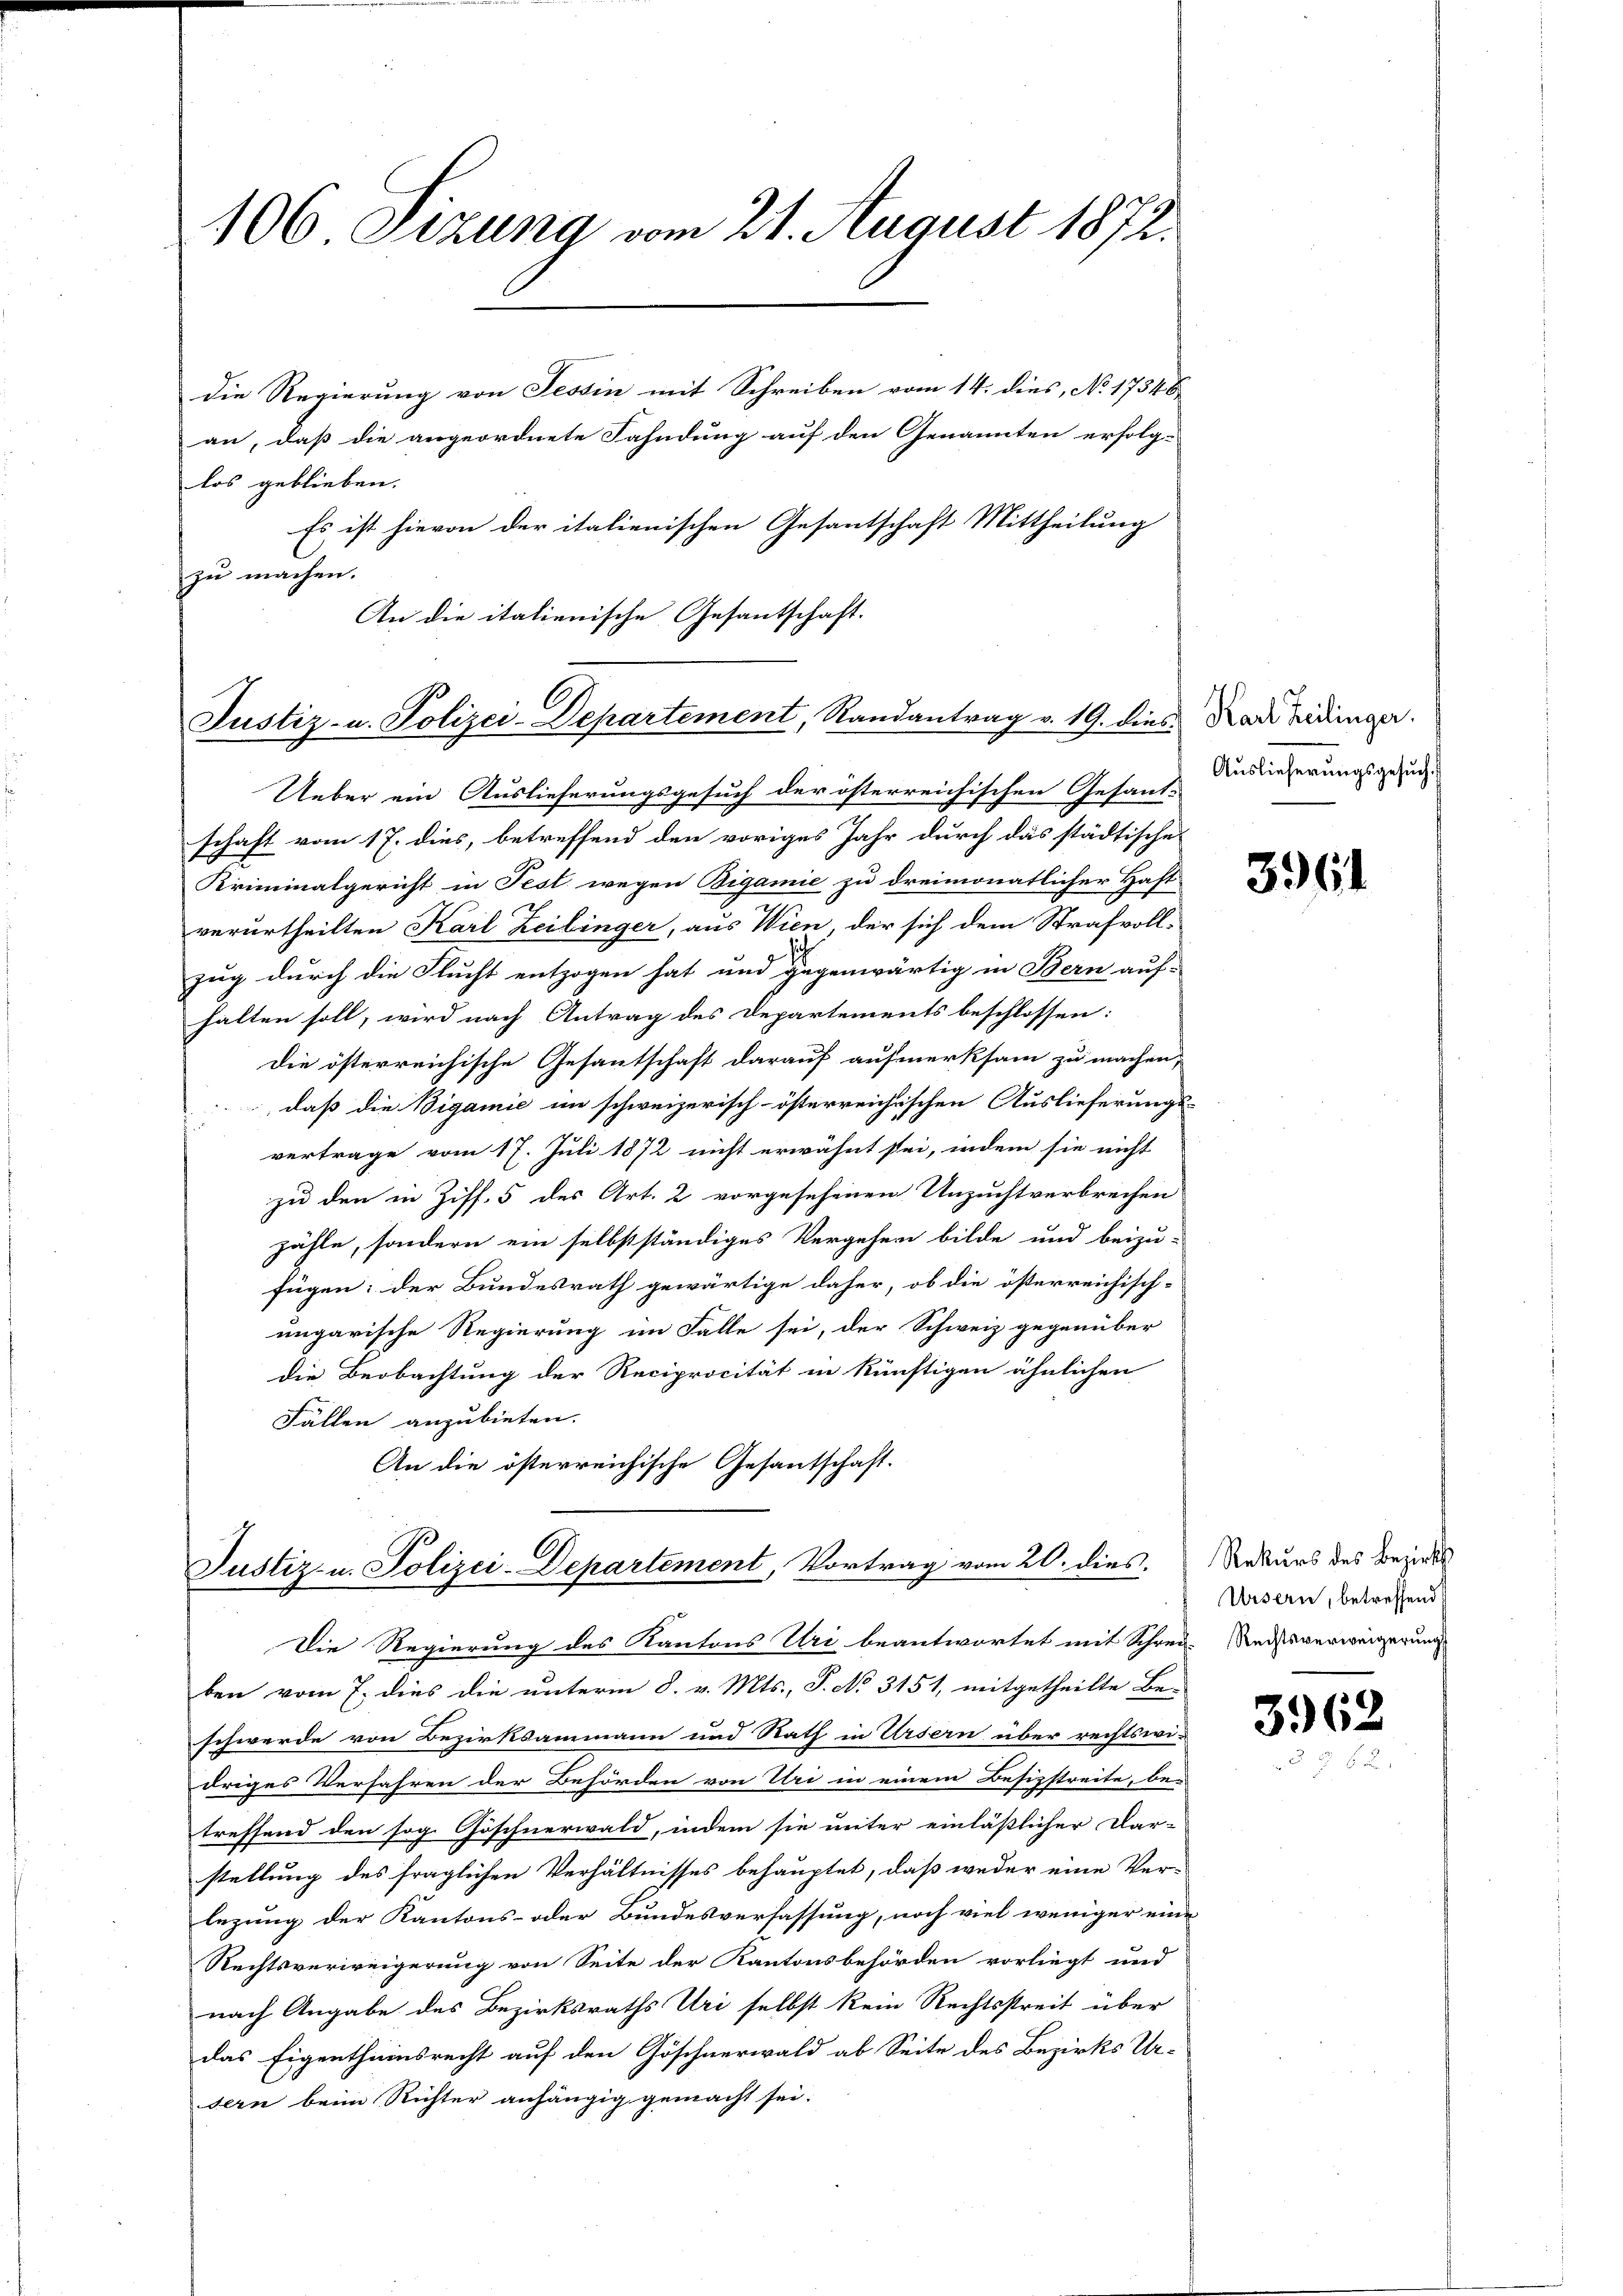
106 Sizung vom 21. August 1872.

die Regierung von Tessin mit Schreiben vom 14. dies, No 17346
an, daß die angeordnete Fahndung auf den Genannten erfolg-
los geblieben.
Es ist hievon der italienischen Gesantschaft Mittheilung
zu machen.
An die italienische Gesantschaft.

Justiz- u. Polizei-Departement, Randantrag v. 19. dies

Justiz- u. Polizei-Departement, Vortrag vom 20. dies
Die Regierung des Kantons Uri beantwortet mit Schreie Rechtsverweigerungs

Ueber ein Auslieferungsgesuch der österreichischen Gesand-
schaft vom 17. dies, betreffend den voriges Jahr durch das städtische
Kriminalgericht in Fest wegen Bigamie zu dreimonatlicher Haft
verurtheilten Karl Zeilinger, aus Wien, der sich dem Strafvoll-
zug durch die Flucht entzogen hat und gegenwärtig in Bern auf-
halten soll, wird nach Antrag des Departements beschlossen:
Die österreichische Gesantschaft darauf aufmerksam zu machen,
daß die Bigamie im schweizerisch-österreichischen Auslieferungs-
vertrage vom 17. Juli 1872 nicht erwähnt sei, indem sie nicht
zu den in Ziff. 5 des Art. 2 vorgesehenen Unzuchtverbrechen
zähle, sondern ein selbstständiges Vergehen bilde und beizu-
fügen: der Bundesrath gewärtige daher, ob die österreichisch-
ungarische Regierung im Falle sei, der Schweiz gegenüber
die Beobachtung der Reciprocität in künftigen ähnlichen
Fällen anzubieten.
An die österreichische Gesantschaft-

Karl Heilinger.
Auslieferungsgesuch.

ben vom 7. dies die unterm 8. v. Mts., P. No 3151, mitgetheilte Be-
schwerde von Bezirksammann und Rath in Ursern über rechtswi-
driges Verfahren der Behörden von Uri in einem Besitzstreite, be-
treffend den sog. Göschnerwald, indem sie unter einläßlicher Dar-
stellung des fraglichen Verhältnisses behauptet, daß weder eine Ver-
lezung der Kantons- oder Bundesverfassung, noch viel weniger eine
Rechtsverweigerung von Seite der Kantonsbehörden vorliegt und
nach Angabe des Bezirksraths Uri selbst kein Rechtsstreit über
das Eigenthumsrecht auf den Göschnerwald ab Seite des Bezirks Ur-
sern beim Richter anhängig gemacht sei.

3961

Rekurs des Bezirks
Ursern, betreffend

3962